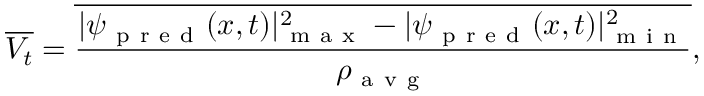
\overline { { V _ { t } } } = \overline { { \frac { | \psi _ { \mathrm { ~ p ~ r ~ e ~ d ~ } } ( x , t ) | _ { \mathrm { ~ m ~ a ~ x ~ } } ^ { 2 } - | \psi _ { \mathrm { ~ p ~ r ~ e ~ d ~ } } ( x , t ) | _ { \mathrm { ~ m ~ i ~ n ~ } } ^ { 2 } } { \rho _ { \mathrm { ~ a ~ v ~ g ~ } } } } } ,